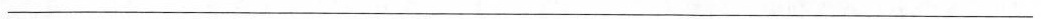
___